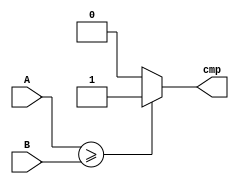
module compar(A, B, cmp); 
input [7:0] A; 
input [7:0] B; 
output cmp; 
assign cmp = A >= B ? 1'b1 : 1'b0; 
endmodule